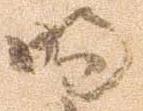
明